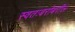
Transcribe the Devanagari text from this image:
स्वतःबरोबरील